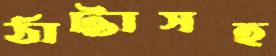
ঠাট্টাসহ